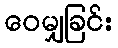
ဝေမျှခြင်း